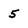
Character: 5